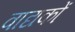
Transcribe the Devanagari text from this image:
वाद्यकों